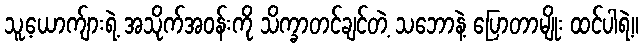
သူ့ယောက်ျားရဲ့ အသိုက်အဝန်းကို သိက္ခာတင်ချင်တဲ့ သဘောနဲ့ ပြောတာမျိုး ထင်ပါရဲ့။